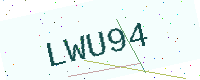
Text: LWU94